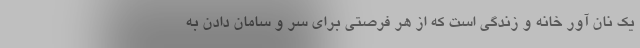
یک نان آور خانه و زندگی است که از هر فرصتی برای سر و سامان دادن به